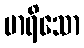
မာရိသော